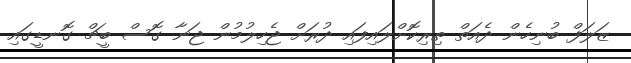
ޒަލަފް ބުނިހެން ދެއަތް ތިރިކޮށްލައިފައި ދުރަށް ޖެހިލުމުން ޖަނާ ގޮސް ބީޗް ގޮނޑީގައި